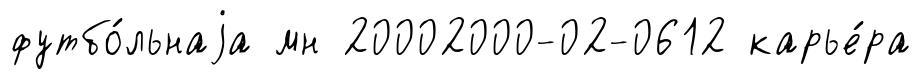
футбо́льнаjа мн 20002000-02-0612 карье́ра